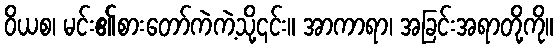
ဝိယစ၊ မင်း၏စားတော်ကဲကဲ့သို့၎င်း။ အာကာရာ၊ အခြင်းအရာတို့ကို။